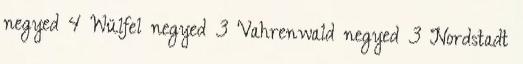
negyed 4 Wülfel negyed 3 Vahrenwald negyed 3 Nordstadt